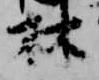
林